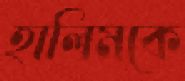
হালিমকে